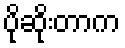
ပိုဆိုးတာက